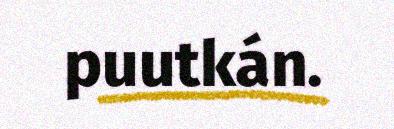
puutkán.